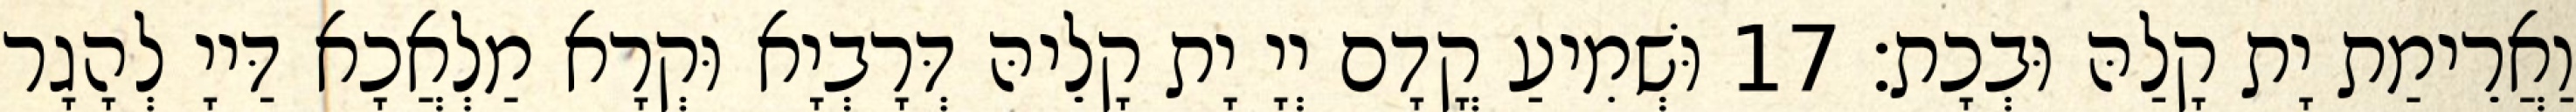
וַאֲרֵימַת יָת קָלַהּ וּבְכָת׃ 17 וּשְׁמִיעַ קֳדָם יְיָ יָת קָלֵיהּ דְּרָבְיָא וּקְרָא מַלְאֲכָא דַּייָ לְהָגָר